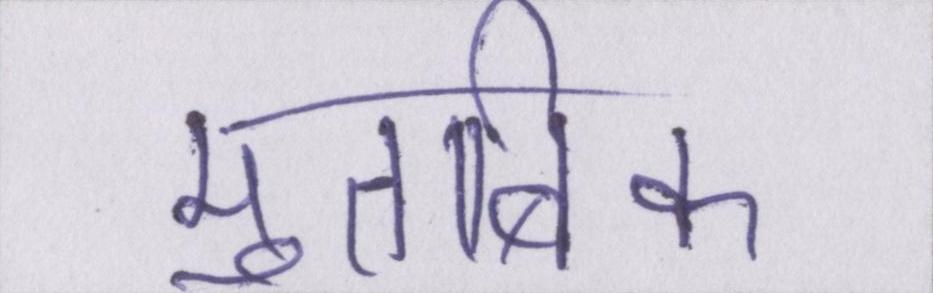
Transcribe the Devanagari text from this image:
मुताबिक